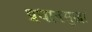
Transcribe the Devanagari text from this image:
प्रधानसुद्धा